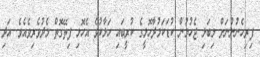
ފިރިހެނުންނަށް މިބަލި ޖެހުމުން ކުޑަކަމުދާހޮޅީގެ ކުރީބައި ހަލާކުވެ އެހޮޅި ފިތޭގޮތް މެދުވެރިވެއެވެ. އަދި